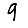
Digit: 9